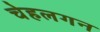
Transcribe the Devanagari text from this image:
चेहलगन